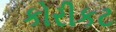
કોરીકટ